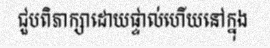
ជួបពិភាក្សាដោយផ្ទាល់ហើយនៅក្នុង